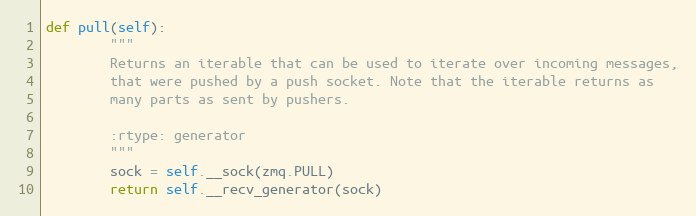
Language: Python
def pull(self):
        """
        Returns an iterable that can be used to iterate over incoming messages,
        that were pushed by a push socket. Note that the iterable returns as
        many parts as sent by pushers.

        :rtype: generator
        """
        sock = self.__sock(zmq.PULL)
        return self.__recv_generator(sock)